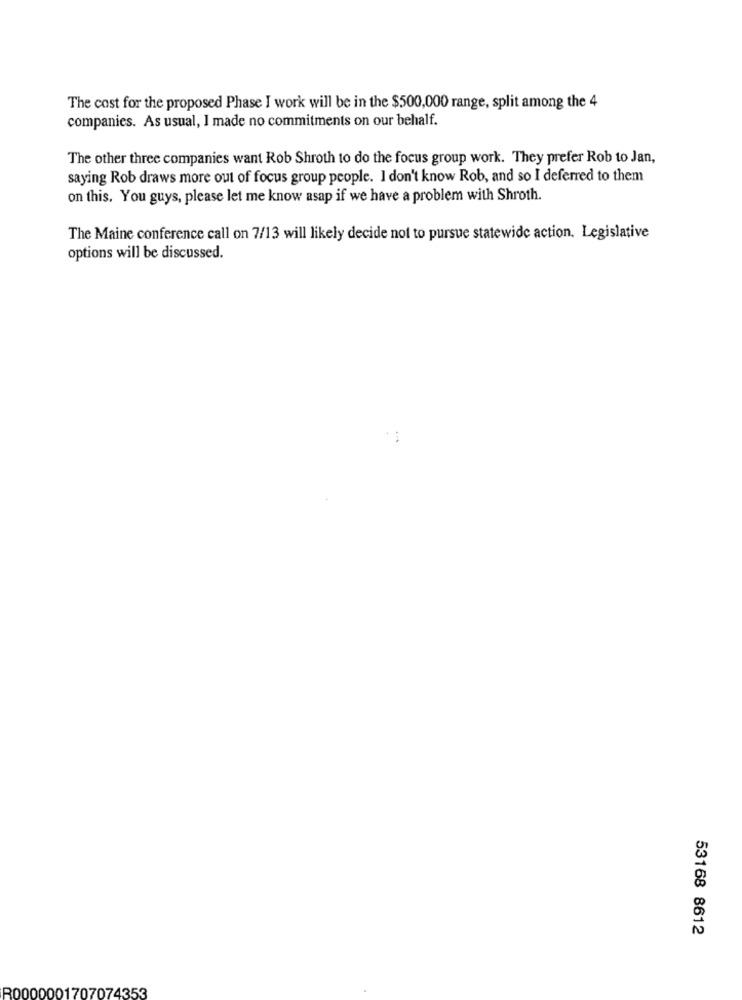
The cost for the proposed Phase I work will be in the $500,000 range, split among the 4
companies. As usual, I made no commitments on our behalf.
The other three companies want Rob Shroth to do the focus group work. They prefer Rob to Jan,
saying Rob draws more out of focus group people. I don't know Rob, and so I deferred to them
on this. You guys, please let me know asap if we have a problem with Shroth.
The Maine conference call on 7/13 will likely decide not to pursue statewide action. Legislative
options will be discussed.
53168 8612
R0000001707074353